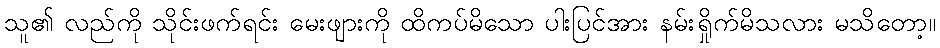
သူ၏ လည်ကို သိုင်းဖက်ရင်း မေးဖျားကို ထိကပ်မိသော ပါးပြင်အား နမ်းရှိုက်မိသလား မသိတော့။